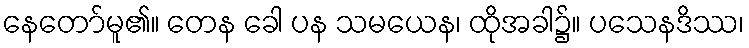
နေတော်မူ၏။ တေန ခေါ ပန သမယေန၊ ထိုအခါ၌။ ပသေနဒိဿ၊